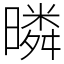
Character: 暽